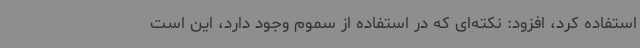
استفاده کرد، افزود: نکته‌ای که در استفاده از سموم وجود دارد، این است